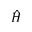
\hat { H }